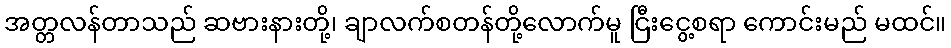
အတ္တလန်တာသည် ဆဗားနားတို့၊ ချာလက်စတန်တို့လောက်မူ ငြီးငွေ့စရာ ကောင်းမည် မထင်။